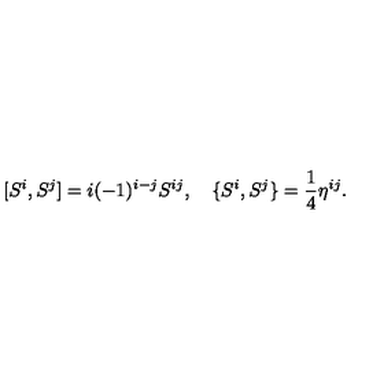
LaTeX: [ S ^ { i } , S ^ { j } ] = i ( - 1 ) ^ { i - j } S ^ { i j } , \quad \{ S ^ { i } , S ^ { j } \} = \frac { 1 } { 4 } \eta ^ { i j } .